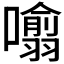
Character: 𭌁